King Institute of Preventive Medicine Micro-Biological Section reports 1909-11
Year: 1909
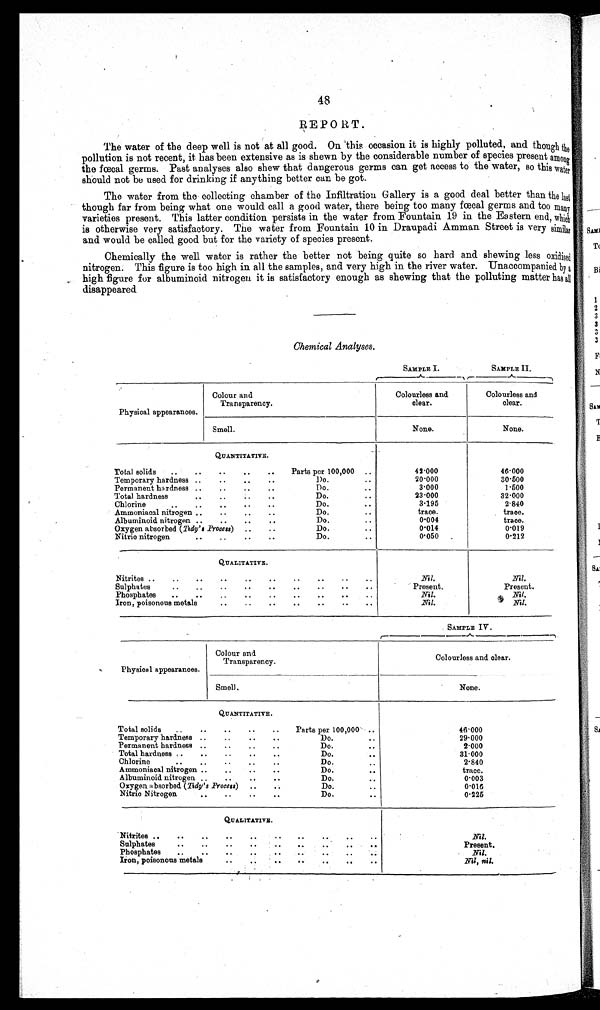
48
REPORT.
The water of the deep well is not at all good. On This occasion it is highly polluted, and though the
pollution is not recent, it has been extensive as is shewn by the considerable number of species present among
the fœcal germs. Past analyses also shew that dangerous germs can get access to the water, so this water
should not be used for drinking if anything better can be got.
The water from the collecting chamber of the Infiltration Gallery is a good deal better than the last
though far from being what one would call a good water, there being too many fœcal germs and too many
varieties present. This latter condition persists in the water from Fountain 19 in the Eastern end, which
is otherwise very satisfactory. The water from Fountain 10 in Draupadi Amman Street is very similar
and would be called good but for the variety of species present.
Chemically the well water is rather the better not being quite so hard and shewing less oxidised
nitrogen. This figure is too high in all the samples, and very high in the river water. Unaccompanied by a
high figure for albuminoid nitrogen it is satisfactory enough as shewing that the polluting matter has all
disappeared
Chemical Analyses.
SAMPLE. I.
SAMPLE. II.
Physical appearances.
Colour and
Transparency.
Colourless and
clear.
Colourless and
clear.
Smell.
None.
None.
QUANTITATIVE.
Total solids
Parts per 100,000
42·000
46·000
Temporary hardness
Do.
20·000
30·500
Permanent hardness
Do.
3·000
1·500
Total hardness
Do.
23·000
32·000
Chlorine
Do.
3·195
2·840
Ammoniacal nitrogen
Do.
trace.
trace.
Albuminoid nitrogen
Do.
0·004
trace.
Oxygen absorbed ( Tidy's Process)
Do.
0·014
0·019
Nitric nitrogen
Do.
0·050
0·212
QUALITATIVE.
Nitrites
Nil.
Nil.
Sulphates
Present.
Present.
Phosphates
Nil.
Ni l .
Iron, poisonous metals
Nil.
Ni l .
S A M P L E I V .
Physical appearances.
Colour and
Transparency.
Colourless and clear.
Smell.
None.
QUANTITATIVE.
Total solids
Parts per 100,000
46·000
Temporary hardness
Do.
29·000
Permanent hardness
Do.
2·000
Total hardness
Do.
31·000
Chlorine
Do.
2·840
Ammoniacal nitrogen
Do.
trace.
Albuminoid nitrogen
Do.
0·003
Oxygen absorbed ( Tidy's Process)
Do.
0·016
Nitric Nitrogen
Do.
0·225
QUALITATIVE.
Nitrites
Nil.
Sulphates
Present.
Phosphates
Nil.
Iron, poisonous metals
Nil, nil.
,
.